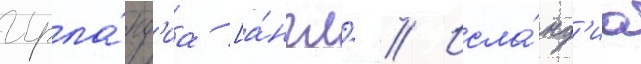
Ирла́нд'иа [а́нгл. // Исла́нд'иа